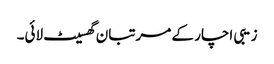
زیبی اچار کے مرتبان گھسیٹ لائی۔